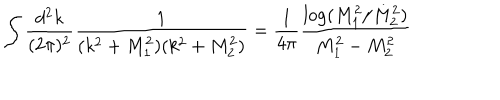
\int \frac { d ^ { 2 } k } { ( 2 \pi ) ^ { 2 } } \frac { 1 } { ( k ^ { 2 } + M _ { 1 } ^ { 2 } ) ( k ^ { 2 } + M _ { 2 } ^ { 2 } ) } = \frac { 1 } { 4 \pi } \frac { \log ( M _ { 1 } ^ { 2 } / M _ { 2 } ^ { 2 } ) } { M _ { 1 } ^ { 2 } - M _ { 2 } ^ { 2 } }